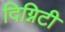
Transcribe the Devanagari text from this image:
दिग्निटी